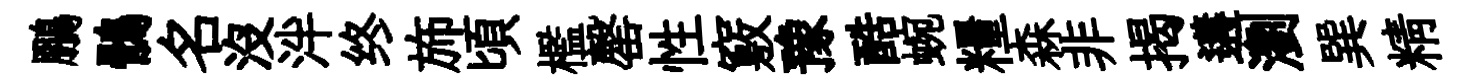
鵬鶻名沒泮终斾頃檻罄性竅豫酷蜿糧森非揭遘瀏巽精